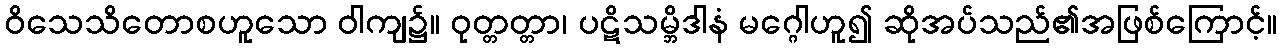
ဝိသေသိတောစဟူသော ဝါကျ၌။ ဝုတ္တတ္တာ၊ ပဋိသမ္ဘိဒါနံ မဂ္ဂေါဟူ၍ ဆိုအပ်သည်၏အဖြစ်ကြောင့်။